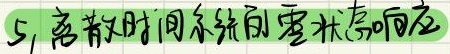
5, 离散时间系统的零状态响应